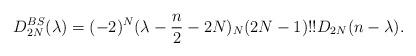
LaTeX: \begin{align*} D^{BS}_{2N}(\lambda)&=(-2)^{N}(\lambda-\frac n2-2N)_{N} (2N-1)!!D_{2N}(n-\lambda). \end{align*}